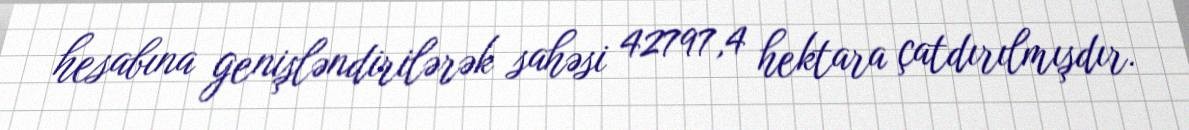
hesabına genişləndirilərək sahəsi 42797,4 hektara çatdırılmışdır.